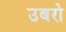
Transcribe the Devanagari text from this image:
उबरो